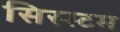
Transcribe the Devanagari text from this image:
सिस्स्टम